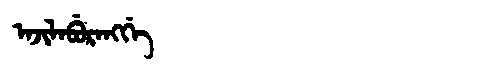
Manchu: ᠠᠵᡳᠯᠠᠪᡠᡵᠠᠩᡤᡝ
Romanization: AJILABURANGGE